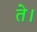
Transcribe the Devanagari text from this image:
ते।